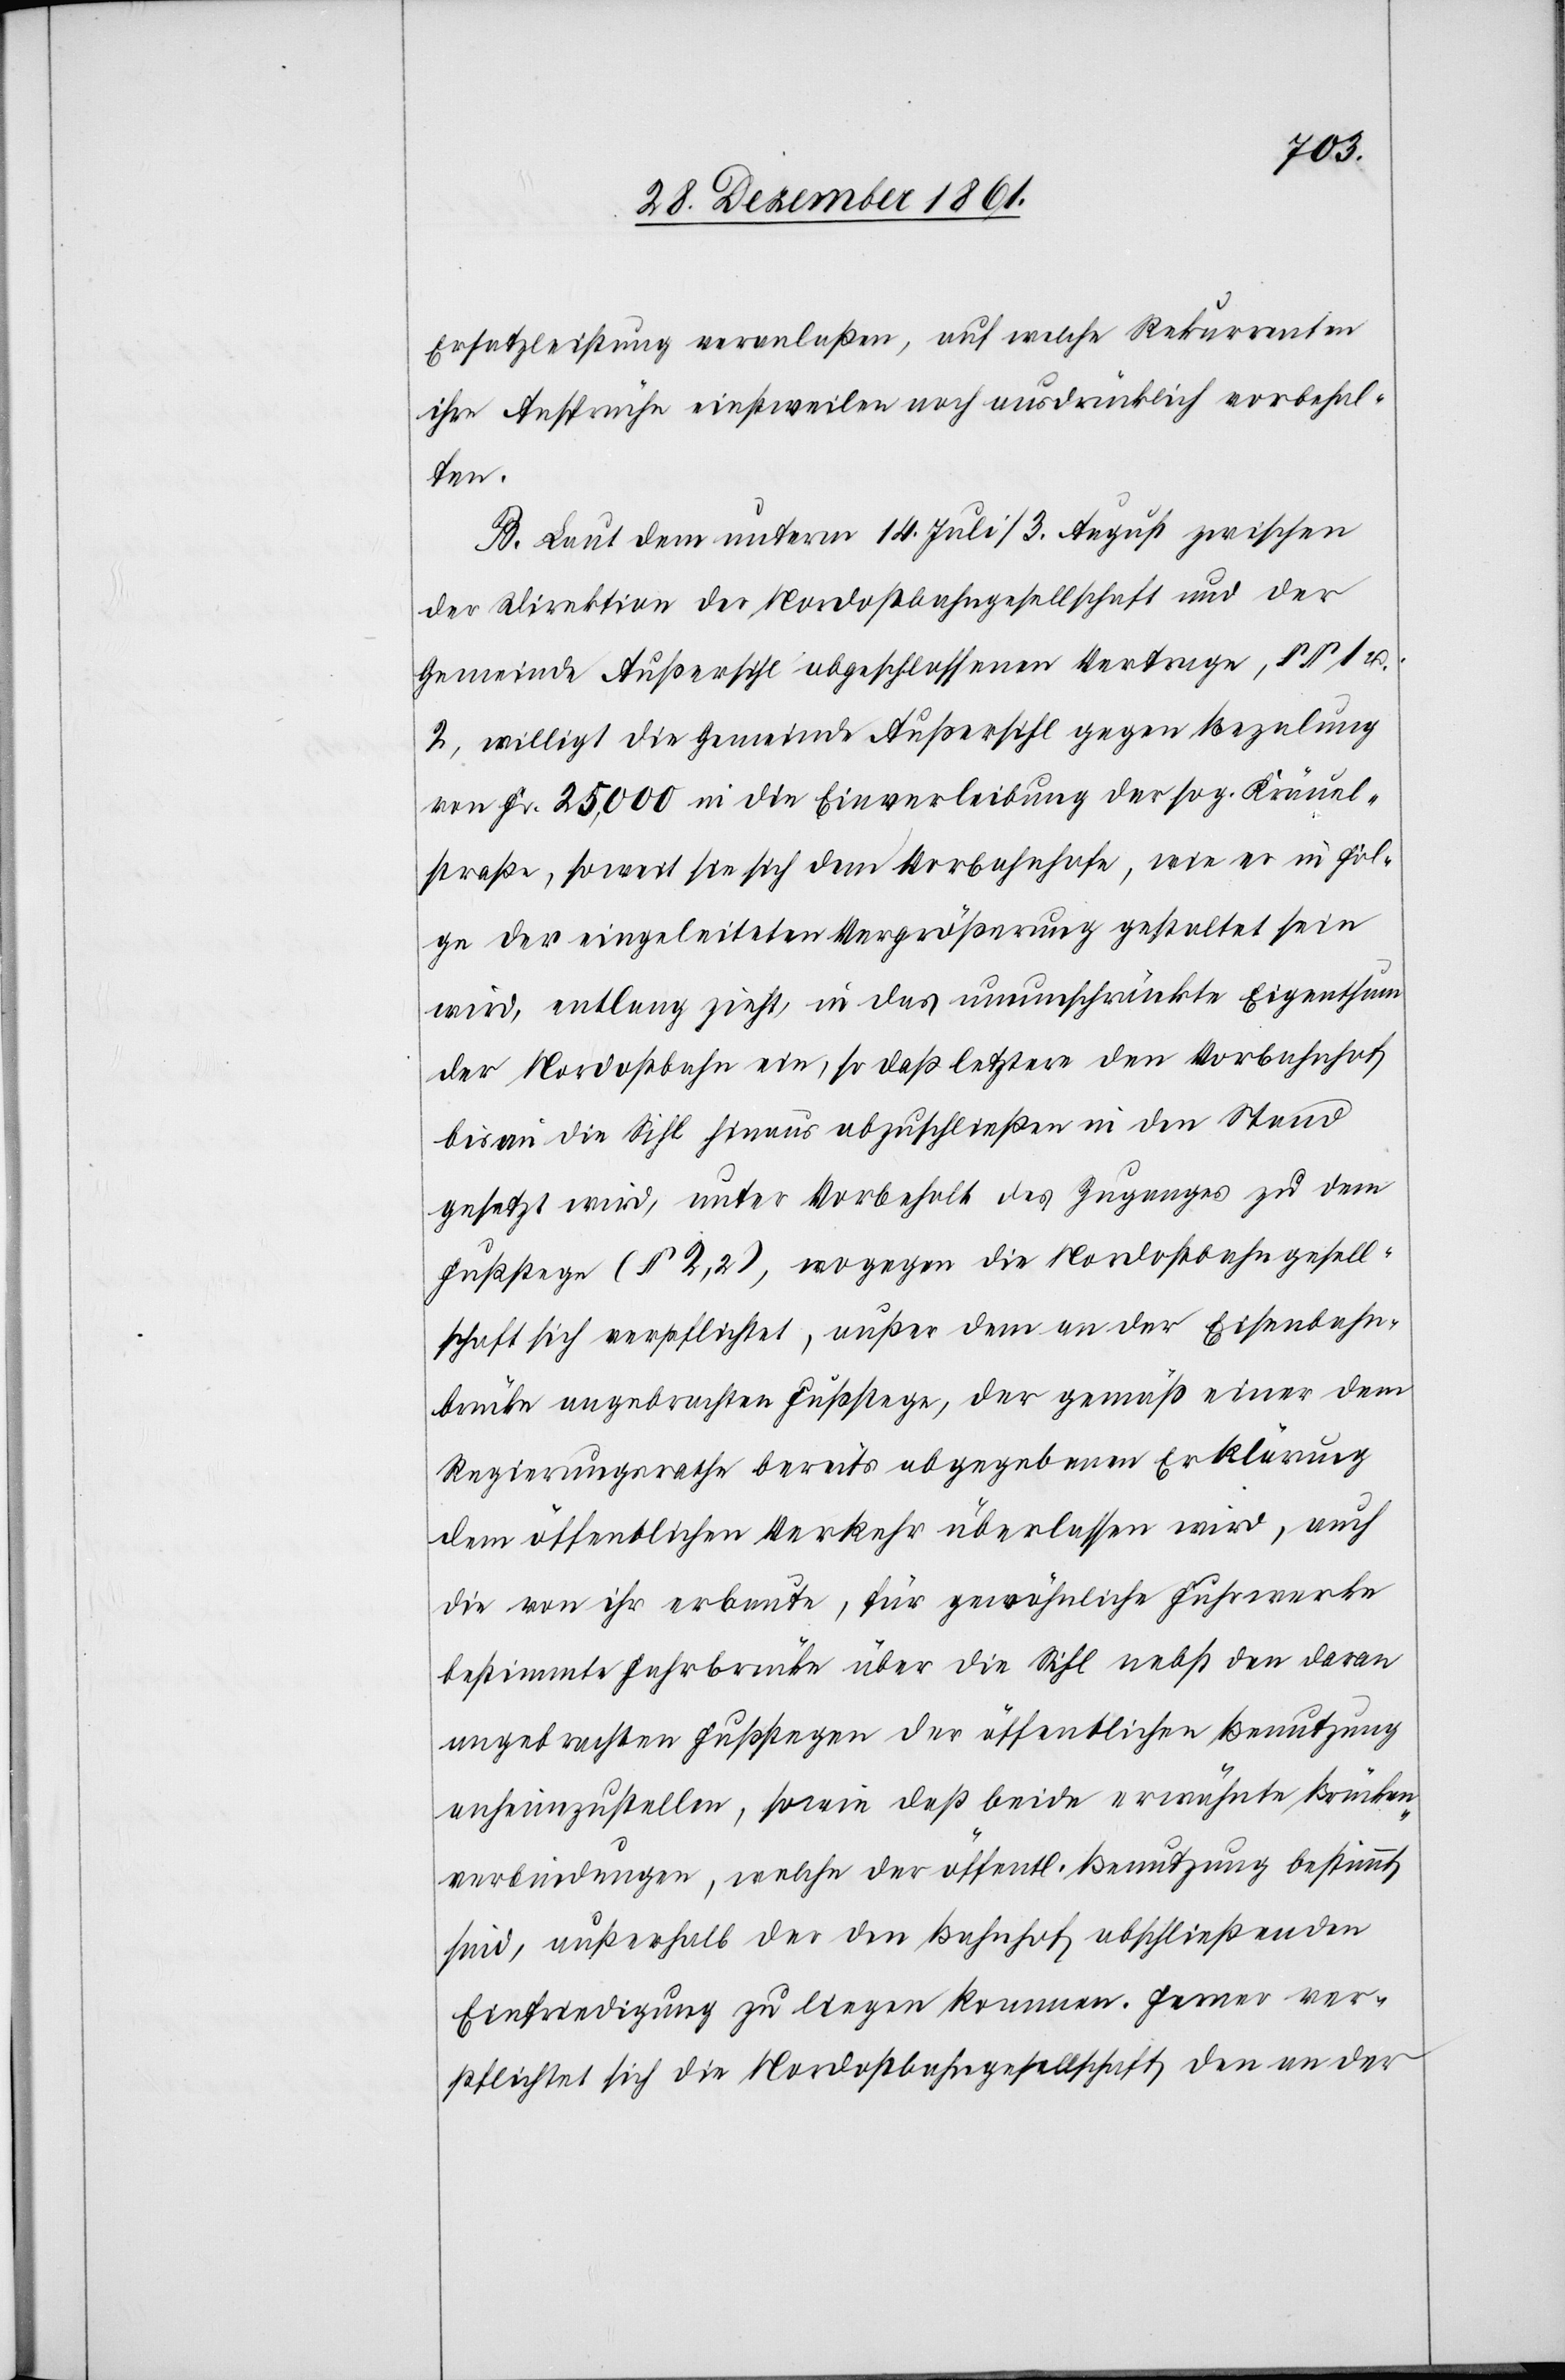
Ersatzleistung veranlaßen, auf welche Rekurrenten
ihre Ansprüche einstweilen noch ausdrücklich vorbehal¬
ten.
B. Laut dem unterm 14 Juli/3 August zwischen
der Direktion der Nordostbahngesellschaft und der
Gemeinde Außersihl abgeschlossenen Vertrage, §§ 1 u
.2, willigt die Gemeinde Aussersihlgegen Bezalung
von Fr. 25,000 in die Einverleibung der sog. Kräuel¬
straße, soweit sie sich dem Vorbahnhofe, wie er in Fol¬
ge der eingeleiteten Vergrößerung gestaltet sein
wird, entlang zieht, in das unumschränkte Eigenthum
der Nordostbahn ein, so daß letztere den Vorbahnhof
bis an die Sihl hinaus abzuschließen in den Stand
gesetzt wird, unter Vorbehalt des Zuganges zu dem
Fußstege (§ 2,2), wogegen die Nordostbahngesell¬
schaft sich verpflichtet, außer dem an der Eisenbahn¬
brücke angebrachten Fußstege, der gemäß einer dem
Regierungsrathe bereits abgegebenen Erklärung
dem öffentlichen Verkehr überlassen wird, auch
die von ihr erbaute, für gewöhnliche Fuhrwerke
bestimmte Fahrbrücke über die Sihl nebst den daran
angebrachten Fußstegen der öffentlichen Benutzung
anheimzustellen, sowie daß beide erwähnte Brücken¬
verbindungen, welche der öffentl. Benutzung bestimmt
sind, außerhalb der den Bahnhof abschließenden
Einfriedigung zu liegen kommen. Ferner ver¬
pflichtet sich die Nordostbahngesellschaft den an der